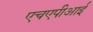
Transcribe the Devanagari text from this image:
एचएपीआई